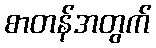
စာတန်အတွက်